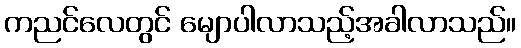
ကညင်လေတွင် မျောပါလာသည့်အခါလာသည်။